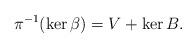
LaTeX: \begin{align*} \pi^{-1}(\ker \beta) = V + \ker B.\end{align*}